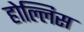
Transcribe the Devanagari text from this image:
होल्लिस